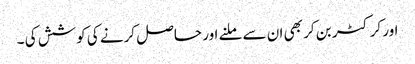
اور کرکٹر بن کر بھی ان سے ملنے اور حاصل کرنے کی کوشش کی ۔